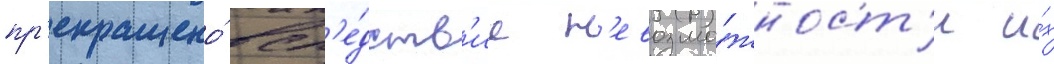
пр'екращено́ всл'е́дств'ие н'евозмо́жност'и и́х